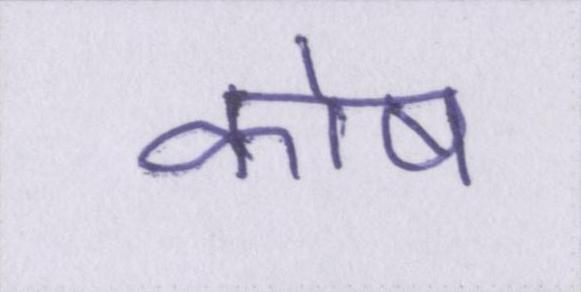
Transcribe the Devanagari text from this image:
कोष